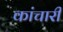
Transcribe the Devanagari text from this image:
कांचारी